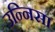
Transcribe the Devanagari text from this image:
उन्निसा